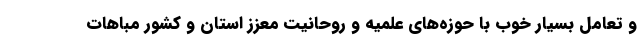
و تعامل بسیار خوب با حوزه‌های علمیه و روحانیت معزز استان و کشور مباهات